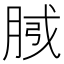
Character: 𭨴